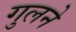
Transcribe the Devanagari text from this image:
गुलने